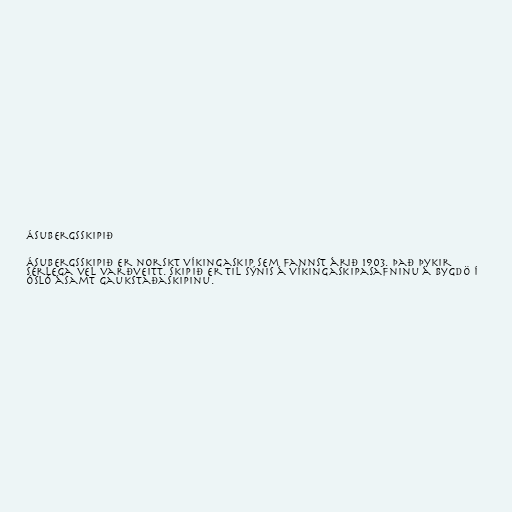
Ásubergsskipið

Ásubergsskipið er norskt víkingaskip sem fannst árið 1903. Það þykir
sérlega vel varðveitt. Skipið er til sýnis á víkingaskipasafninu á Bygdö í
Ósló ásamt Gaukstaðaskipinu.